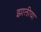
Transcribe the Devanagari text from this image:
झालीया